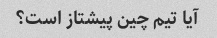
آیا تیم چین پیشتاز است؟